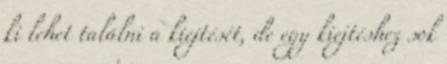
ki lehet találni a kiejtését, de egy kiejtéshez sok